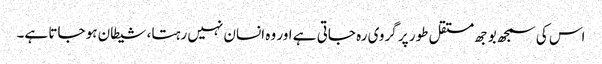
اس کی سمجھ بوجھ مستقل طور پر گروی رہ جاتی ہے اور وہ انسان نہیں رہتا، شیطان ہو جاتا ہے۔